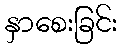
နှာစေးခြင်း